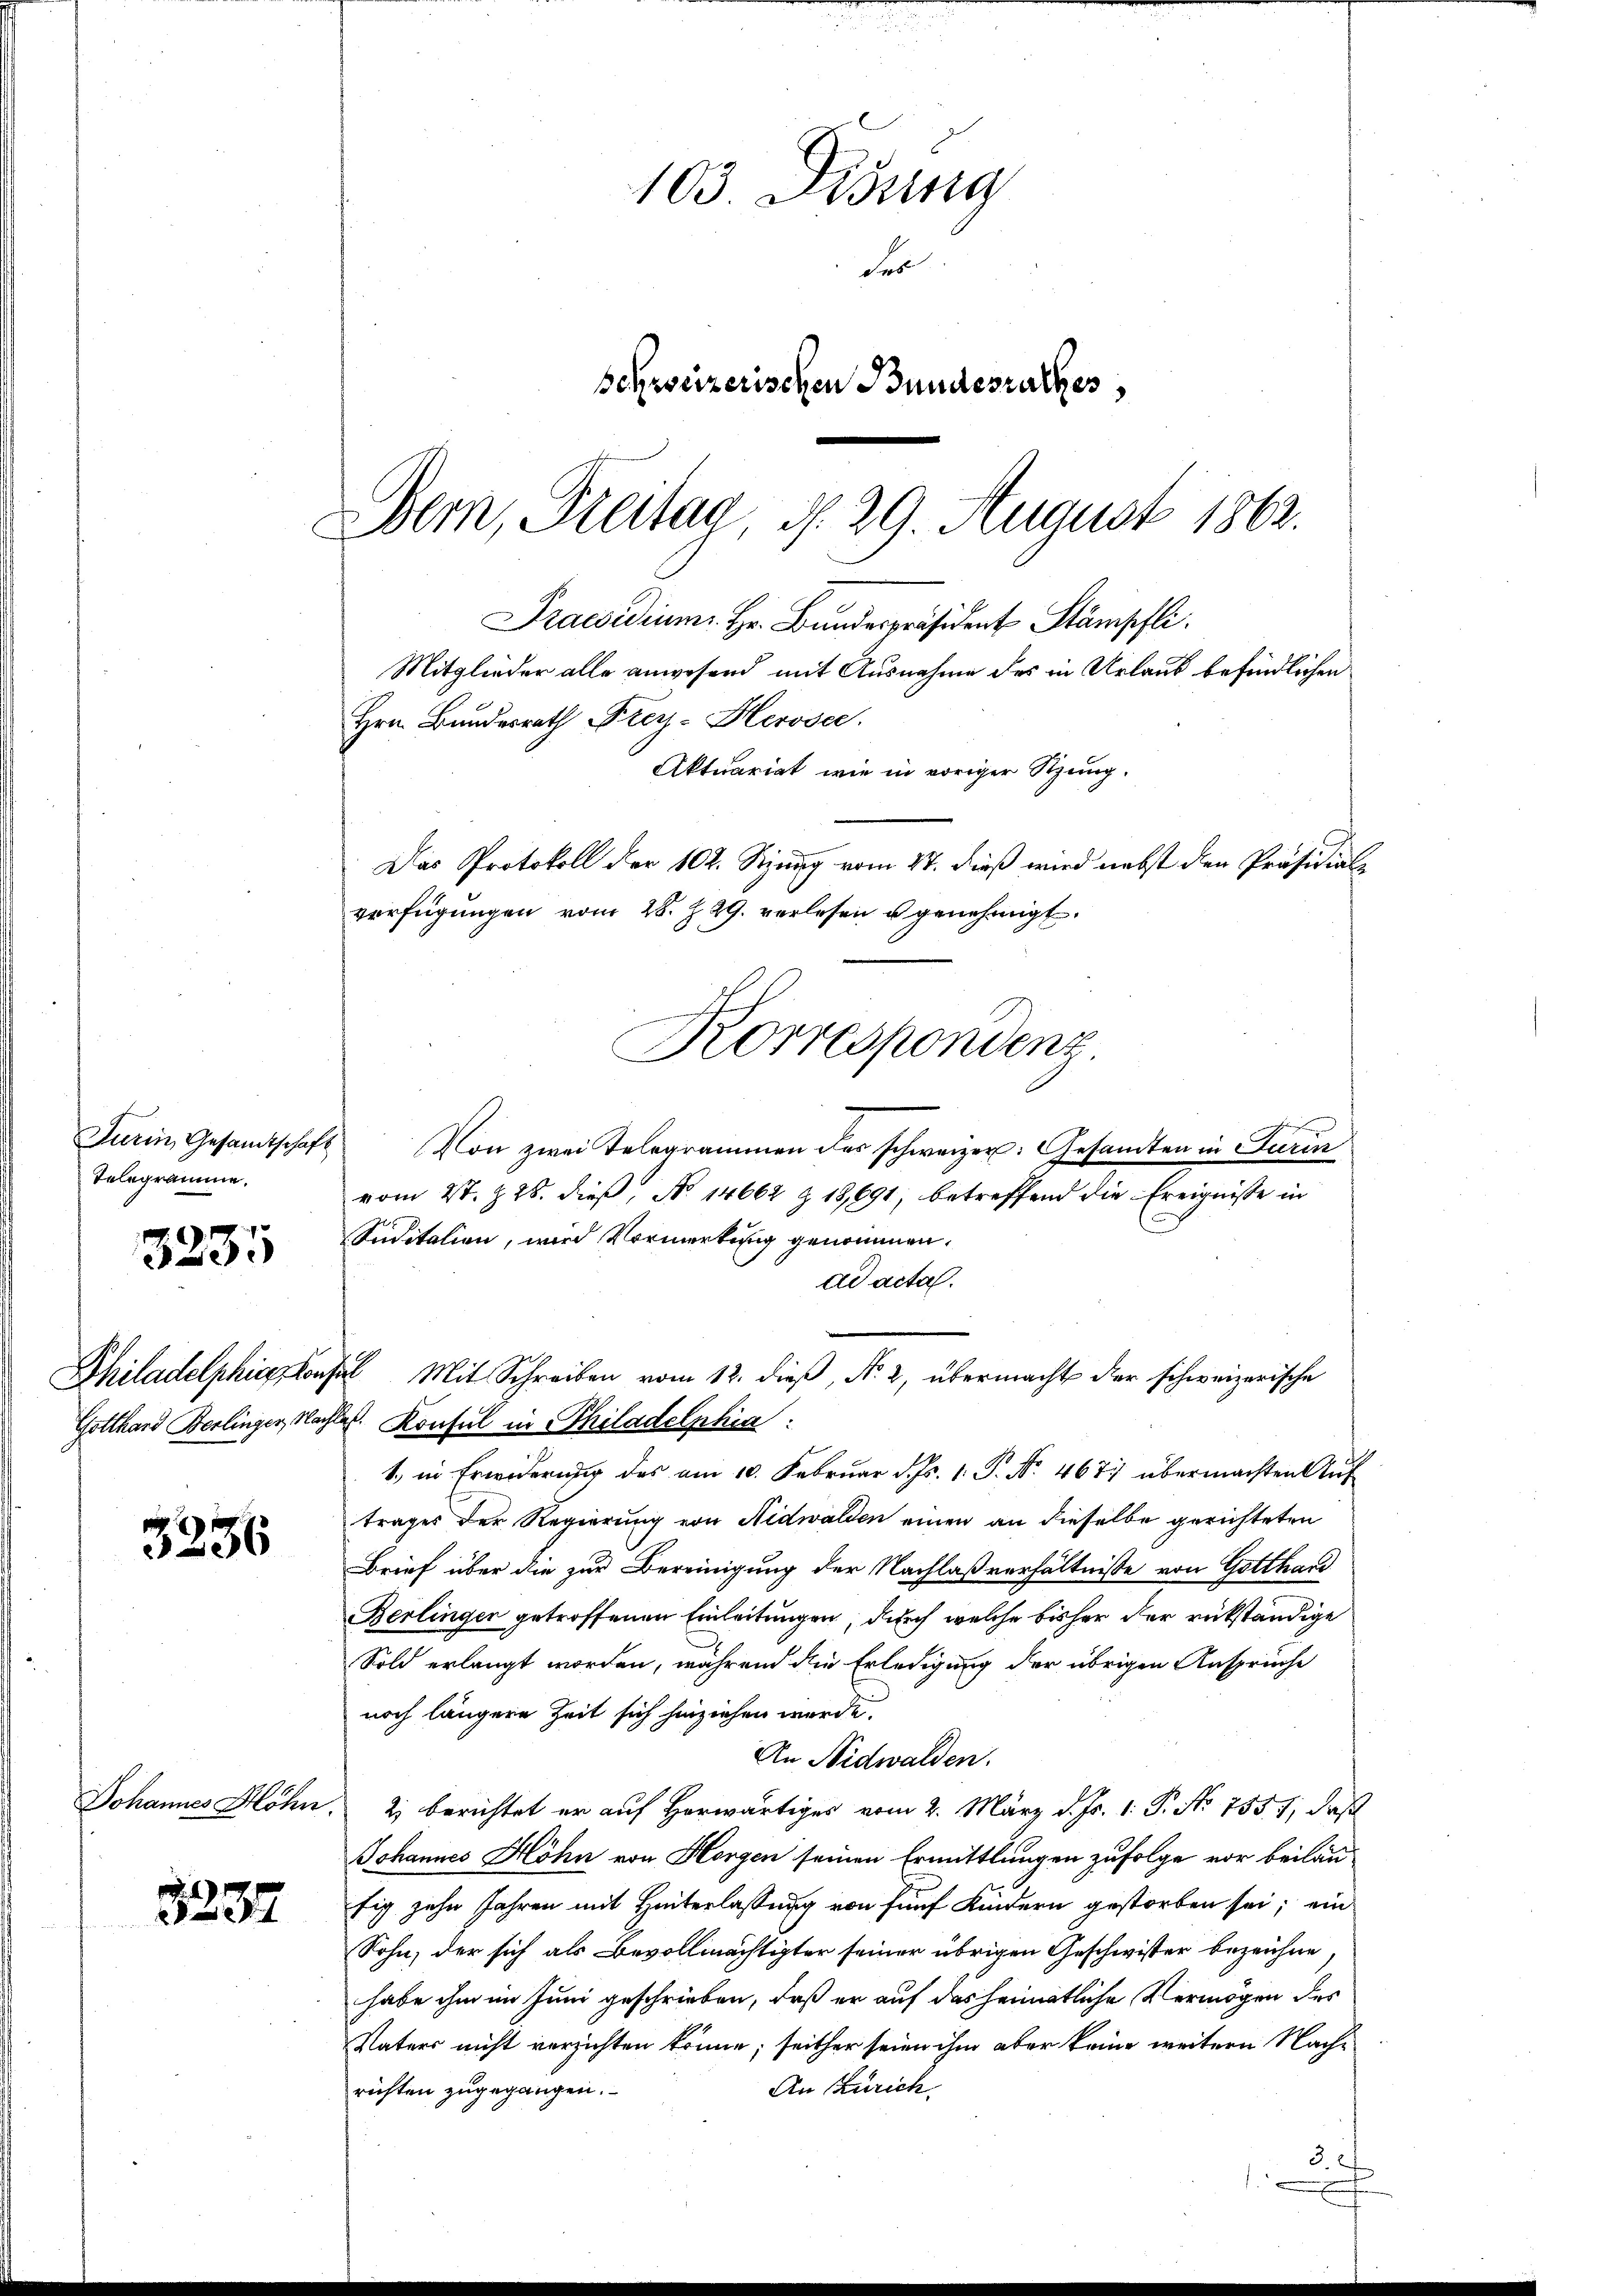
Telegramme.

3235

Philadelphiston,
Gotthard Berlinger, Nac

3236

4
d

103. Disung
Fer
Schweizerischen Bundesrathes

Praesidium. Hr. Bundespräsident Stämpfli
Mitglieder alle anwesend mit Ausnahme des in Urlaub befindlichen
Hrn. Bundesrath Frey-Herosec.

Bern, Freitag, d. 29. August 1862.
Aktuariat wie in voriger Sitzung.
Das Protokoll der 102. Sizung vom 27. dieß wird nebst den Präsidial-
verfügungen vom 28. J. 29. verlesen u genehmigt.
Korrespondenz

hal. Mit Schreiben vom 12. dieß, No 2, übermacht der schweizerische

Turin, Gesamtschaft von zwei Telegrammen des schweizer: Gesandten in Turin
vom 2t. Z. 28. dieß, No 14662 § 18,691, betreffend die Ereignisse in
Suditalien, wird Vormerkung genommen.
ad acta.
Jes. Konsul in Philadelphia:
1. in Erwiderung des am 10. Februar d. Js. 1. P. Nr. 4671 übermachten Auf
trages der Regierung von Nidwalden einen an dieselbe gerichteten
Brief über die zur Bereinigung der Nachlaßverhältnisse von Gotthard
Berlingen getroffenen Einleitungen, durch welche bisher der rükständige
Sold erlangt worden, während die Erledigung der übrigen Ansprüche
noch längere Zeit sich hinziehen werde.
An Nidwalden.
Johannes Höhn. 2) berichtet er auf Horwärtiges vom 2. März d. Js. 1. P. No 7551, daß
Johannes Höhn von Horgen seinen Ermittlungen zufolge vor beiläu-
fig zehn Jahren mit Hinterlassung von fünf Kindern gestorben sei; ein
Sohn, der sich als Bevollmächtigter seiner übrigen Geschwister bezeichne
habe ihm im Juni geschrieben, daß er auf das heimatliche Vermögen des
Vaters nicht verzichten könne; seither seien ihm aber keine weitern Nach¬
An Zürich.
richten zugegangen.
3.